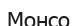
Монсо